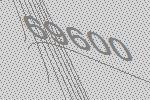
69600